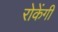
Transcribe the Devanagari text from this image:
रोकेंगी